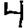
Digit: 4